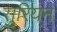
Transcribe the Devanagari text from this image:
सुरियन